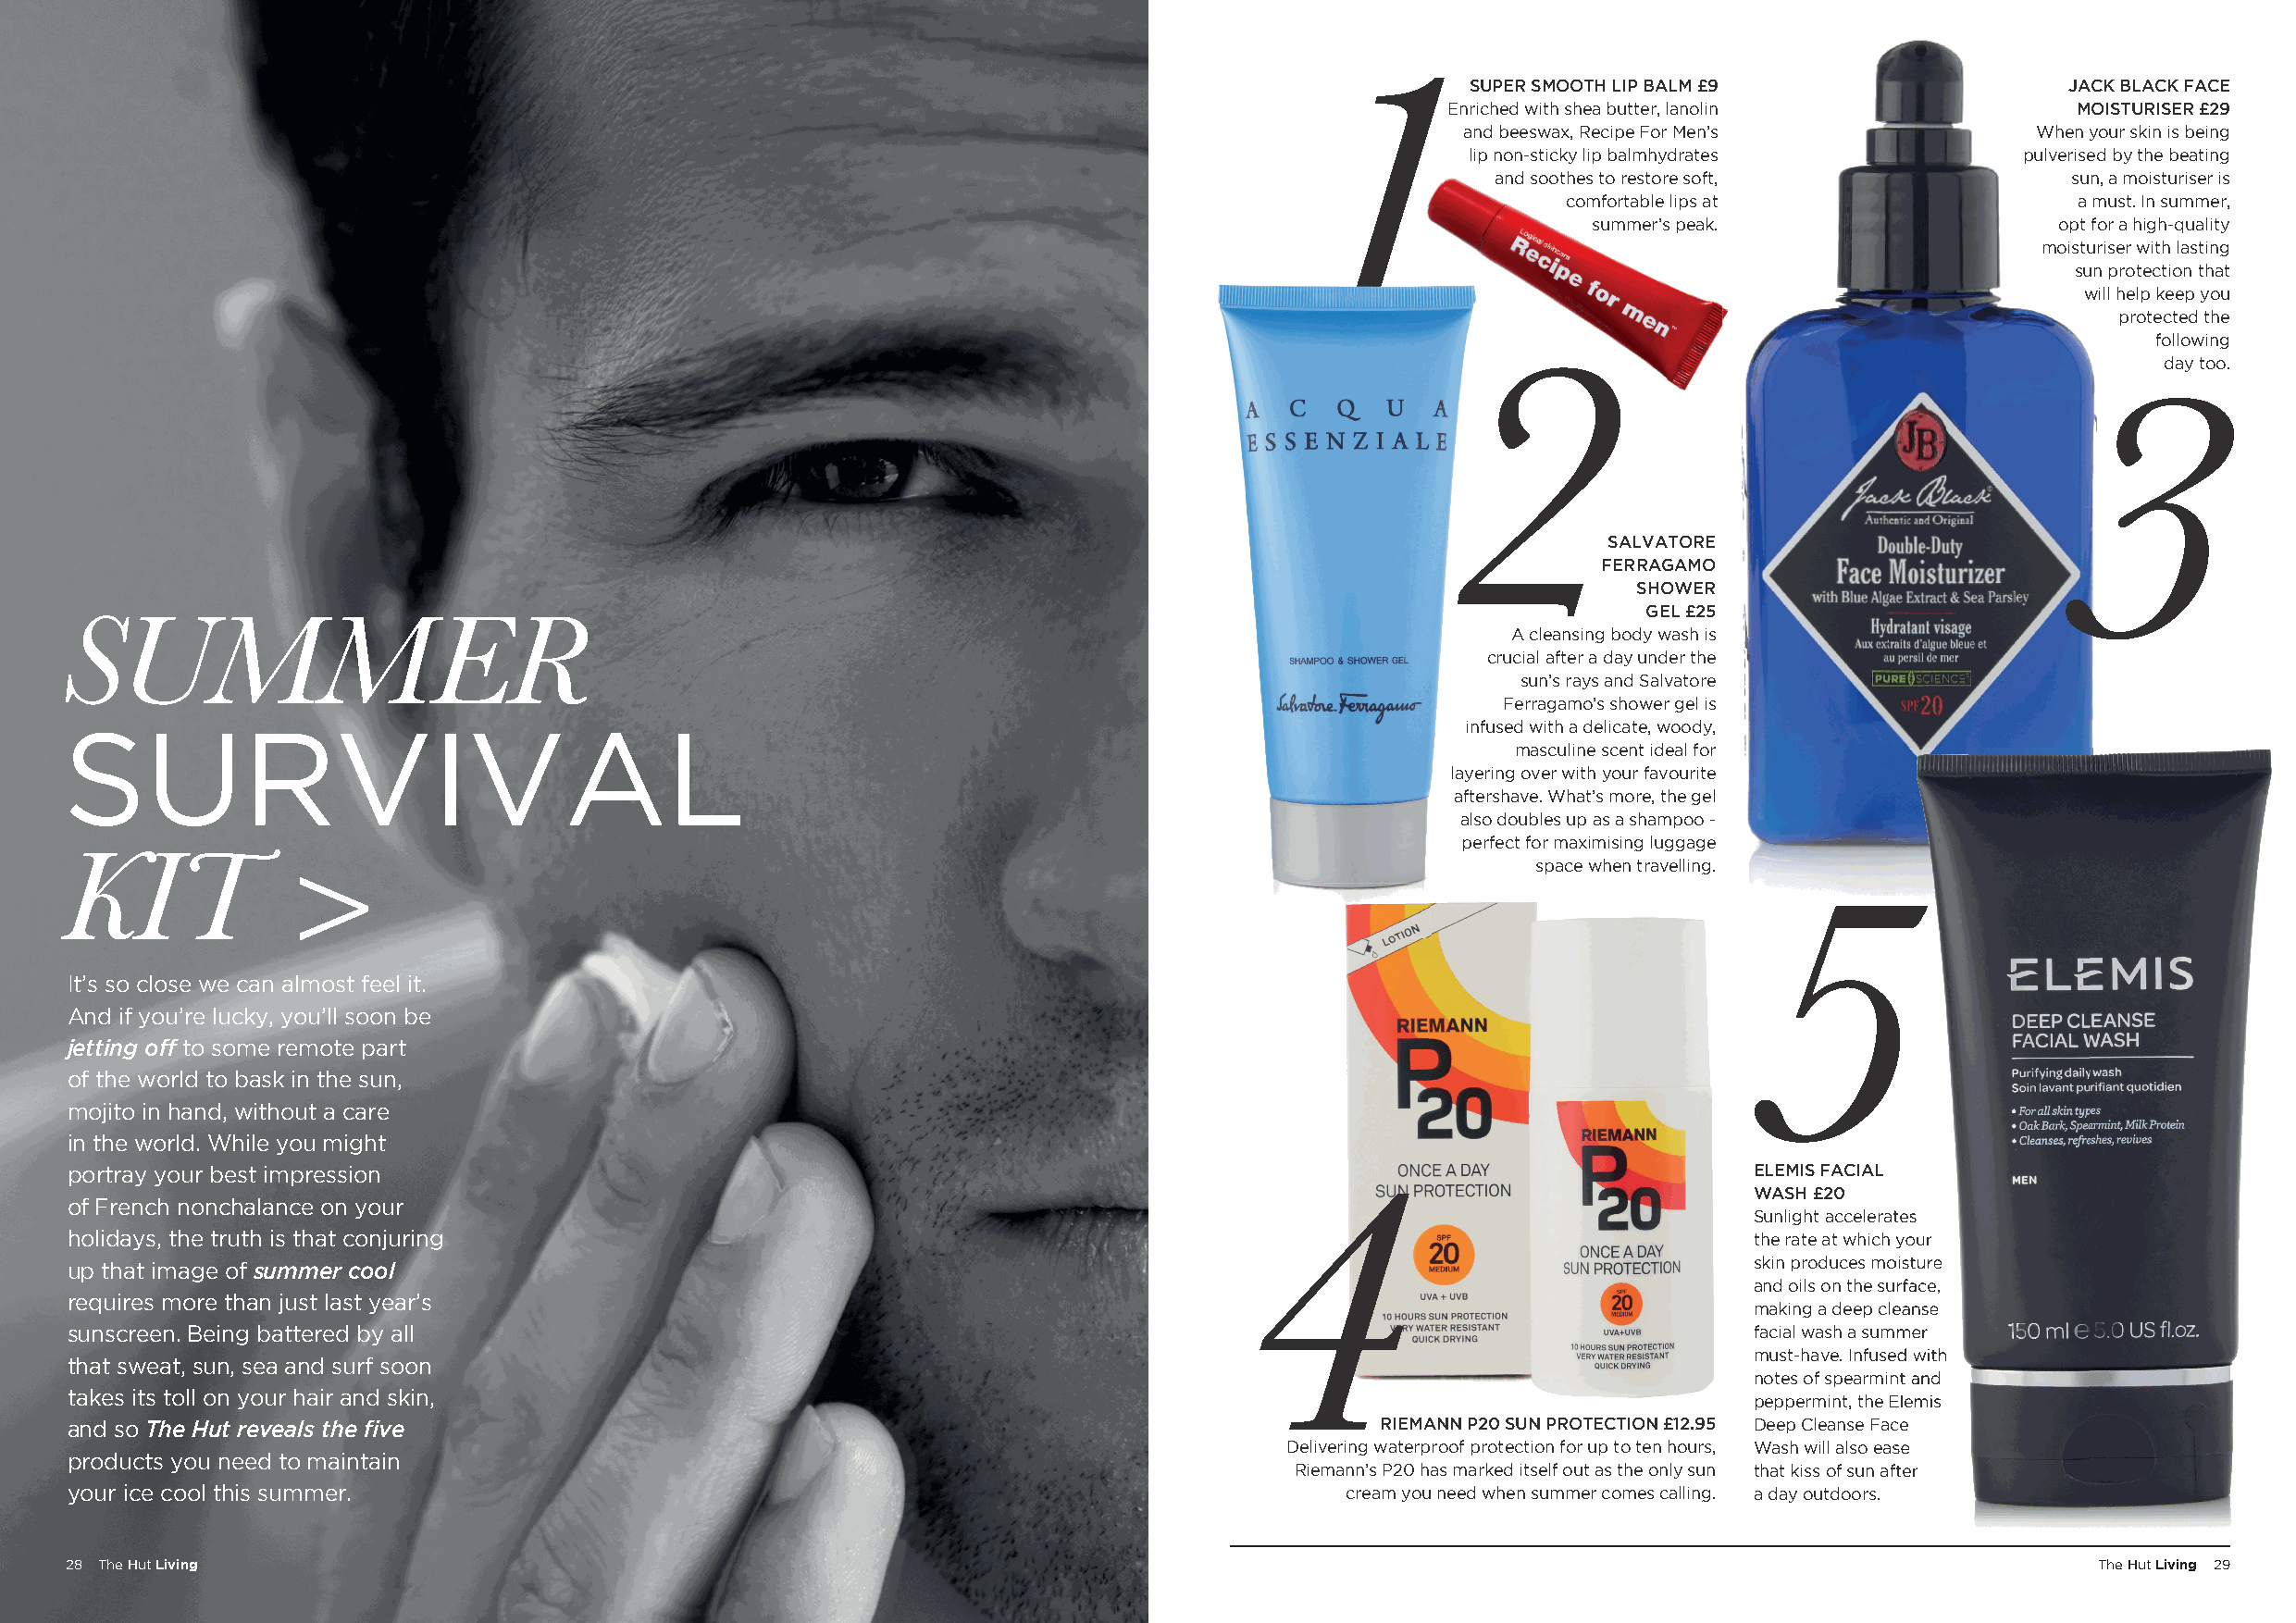
1SUPER           SMOOTH LIP BALM £9                     JACK BLACK FACE
 Enriched with shea butter, lanolin           MOISTURISER £29
 and beeswax, Recipe For Men’s            When your skin is being
 lip non-sticky lip balmhydrates         pulverised by the beating
 and soothes to restore soft,             sun, a moisturiser is
 comfortable lips at                  a must. In summer,
 summer’s peak.                   opt for a high-quality
 moisturiser with lasting
 sun protection that
 will help keep you
 protected the
 following
 day too.
 2
 3
 SALVATORE
 FERRAGAMO
 SHOWER
 GEL £25
 SUMMER
 A cleansing body wash is
 crucial after a day under the
 sun’s rays and Salvatore
 Ferragamo’s shower gel is
 SURVIVAL                                                                                             infused with a delicate, woody,
 masculine scent ideal for
 layering over with your favourite
 aftershave. What’s more, the gel
 also doubles up as a shampoo -
 perfect for maximising luggage
 KIT                                                                                                       space when travelling.
 >
 5
 It’s so close we can almost feel it.
 And if you’re lucky, you’ll soon be
 jetting off to some remote part
 of the world to bask in the sun,
 mojito in hand, without a care
 in the world. While you might
 portray your best impression                                                                                            ELEMIS FACIAL
 WASH £20
 of French nonchalance on your                                                      4
 SSuunnlliigghhtt aacccceelleerraatteess
 holidays, the truth is that conjuring                                                                                   tthhee rraattee aatt wwhhiicchh yyoouurr
 up that image of summer cool                                                                                            sskkiinn pprroodduucceess mmooiissttuurree
 aanndd ooiillss oonn tthhee ssuurrffaaccee,,
 requires more than just last year’s
 mmaakkiinngg aa ddeeeepp cclleeaannssee
 sunscreen. Being battered by all                                                                                        ffaacciiaall wwaasshh aa ssuummmmeerr
 mmuusstt--hhaavvee.. IInnffuusseedd wwiitthh
 that sweat, sun, sea and surf soon
 nnootteess ooff ssppeeaarrmmiinntt aanndd
 takes its toll on your hair and skin,
 ppeeppppeerrmmiinntt,, tthhee EElleemmiiss
 and so The Hut reveals the fi ve                                                              RIEMANN P20 SUN PROTECTION £12.95 DDeeeepp CClleeaannssee FFaaccee
 Delivering waterproof protection for up to ten hours, WWaasshh wwiillll aallssoo eeaassee
 products you need to maintain
 Riemann’s P20 has marked itself out as the only sun tthhaatt kkiissss ooff ssuunn aafftteerr
 your ice cool this summer.                                                                 cream you need when summer comes calling. a day outdoors.
 28 The Hut Living                                                                                                                                The Hut Living 29